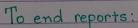
To end reports: